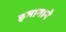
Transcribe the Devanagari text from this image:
इमानाने